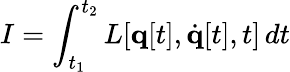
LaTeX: I=\int_{t_{1}}^{t_{2}}L[\mathbf{q}[t],{\dot{\mathbf{q}}}[t],t]\, dt